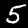
Label: 5